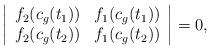
LaTeX: \begin{align*}\left| \begin{array}{cc} f_2(c_g(t_1)) & f_1(c_g(t_1))\\f_2(c_g(t_2)) & f_1(c_g(t_2))\end{array}\right|=0,\end{align*}